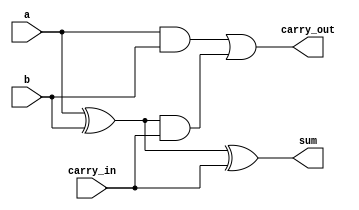
/*
*   1-bit adder. Demonstrates boolean arithmetics.
*/
module adder(
    input a,
    input b,
    input carry_in,
    output sum,
    output carry_out
);

assign sum = (a ^ b) ^ carry_in;
assign carry_out = (a & b) | ((a ^ b) & carry_in);

endmodule

/*
*   8-bit adder. Demonstrates such Verilog concepts as wires, ranges and
*   module instantiation.
*/
module adder8(
    input [7:0]a,
    input [7:0]b,
    output [7:0]sum
);

adder adder0(.a(a[0]), .b(b[0]), .carry_in(1'b0), .sum(sum[0]), .carry_out(c0));
adder adder1(.a(a[1]), .b(b[1]), .carry_in(c0), .sum(sum[1]), .carry_out(c1));
adder adder2(.a(a[2]), .b(b[2]), .carry_in(c1), .sum(sum[2]), .carry_out(c2));
adder adder3(.a(a[3]), .b(b[3]), .carry_in(c2), .sum(sum[3]), .carry_out(c3));
adder adder4(.a(a[4]), .b(b[4]), .carry_in(c3), .sum(sum[4]), .carry_out(c4));
adder adder5(.a(a[5]), .b(b[5]), .carry_in(c4), .sum(sum[5]), .carry_out(c5));
adder adder6(.a(a[6]), .b(b[6]), .carry_in(c5), .sum(sum[6]), .carry_out(c6));
adder adder7(.a(a[7]), .b(b[7]), .carry_in(c6), .sum(sum[7]));

endmodule

/*
*   Testbench for 8-bit adder
*/
module top();

reg [7:0]a;
reg [7:0]b;
wire [7:0]s;

adder8 adder8_inst(.a(a), .b(b), .sum(s));

initial begin
    a = 35; b = 62; #1 $display("a =%d, b =%d, sum =%d", a, b, s);
    a = 10; b = 16; #1 $display("a =%d, b =%d, sum =%d", a, b, s);
    a = 19; b = 14; #1 $display("a =%d, b =%d, sum =%d", a, b, s);
end

endmodule